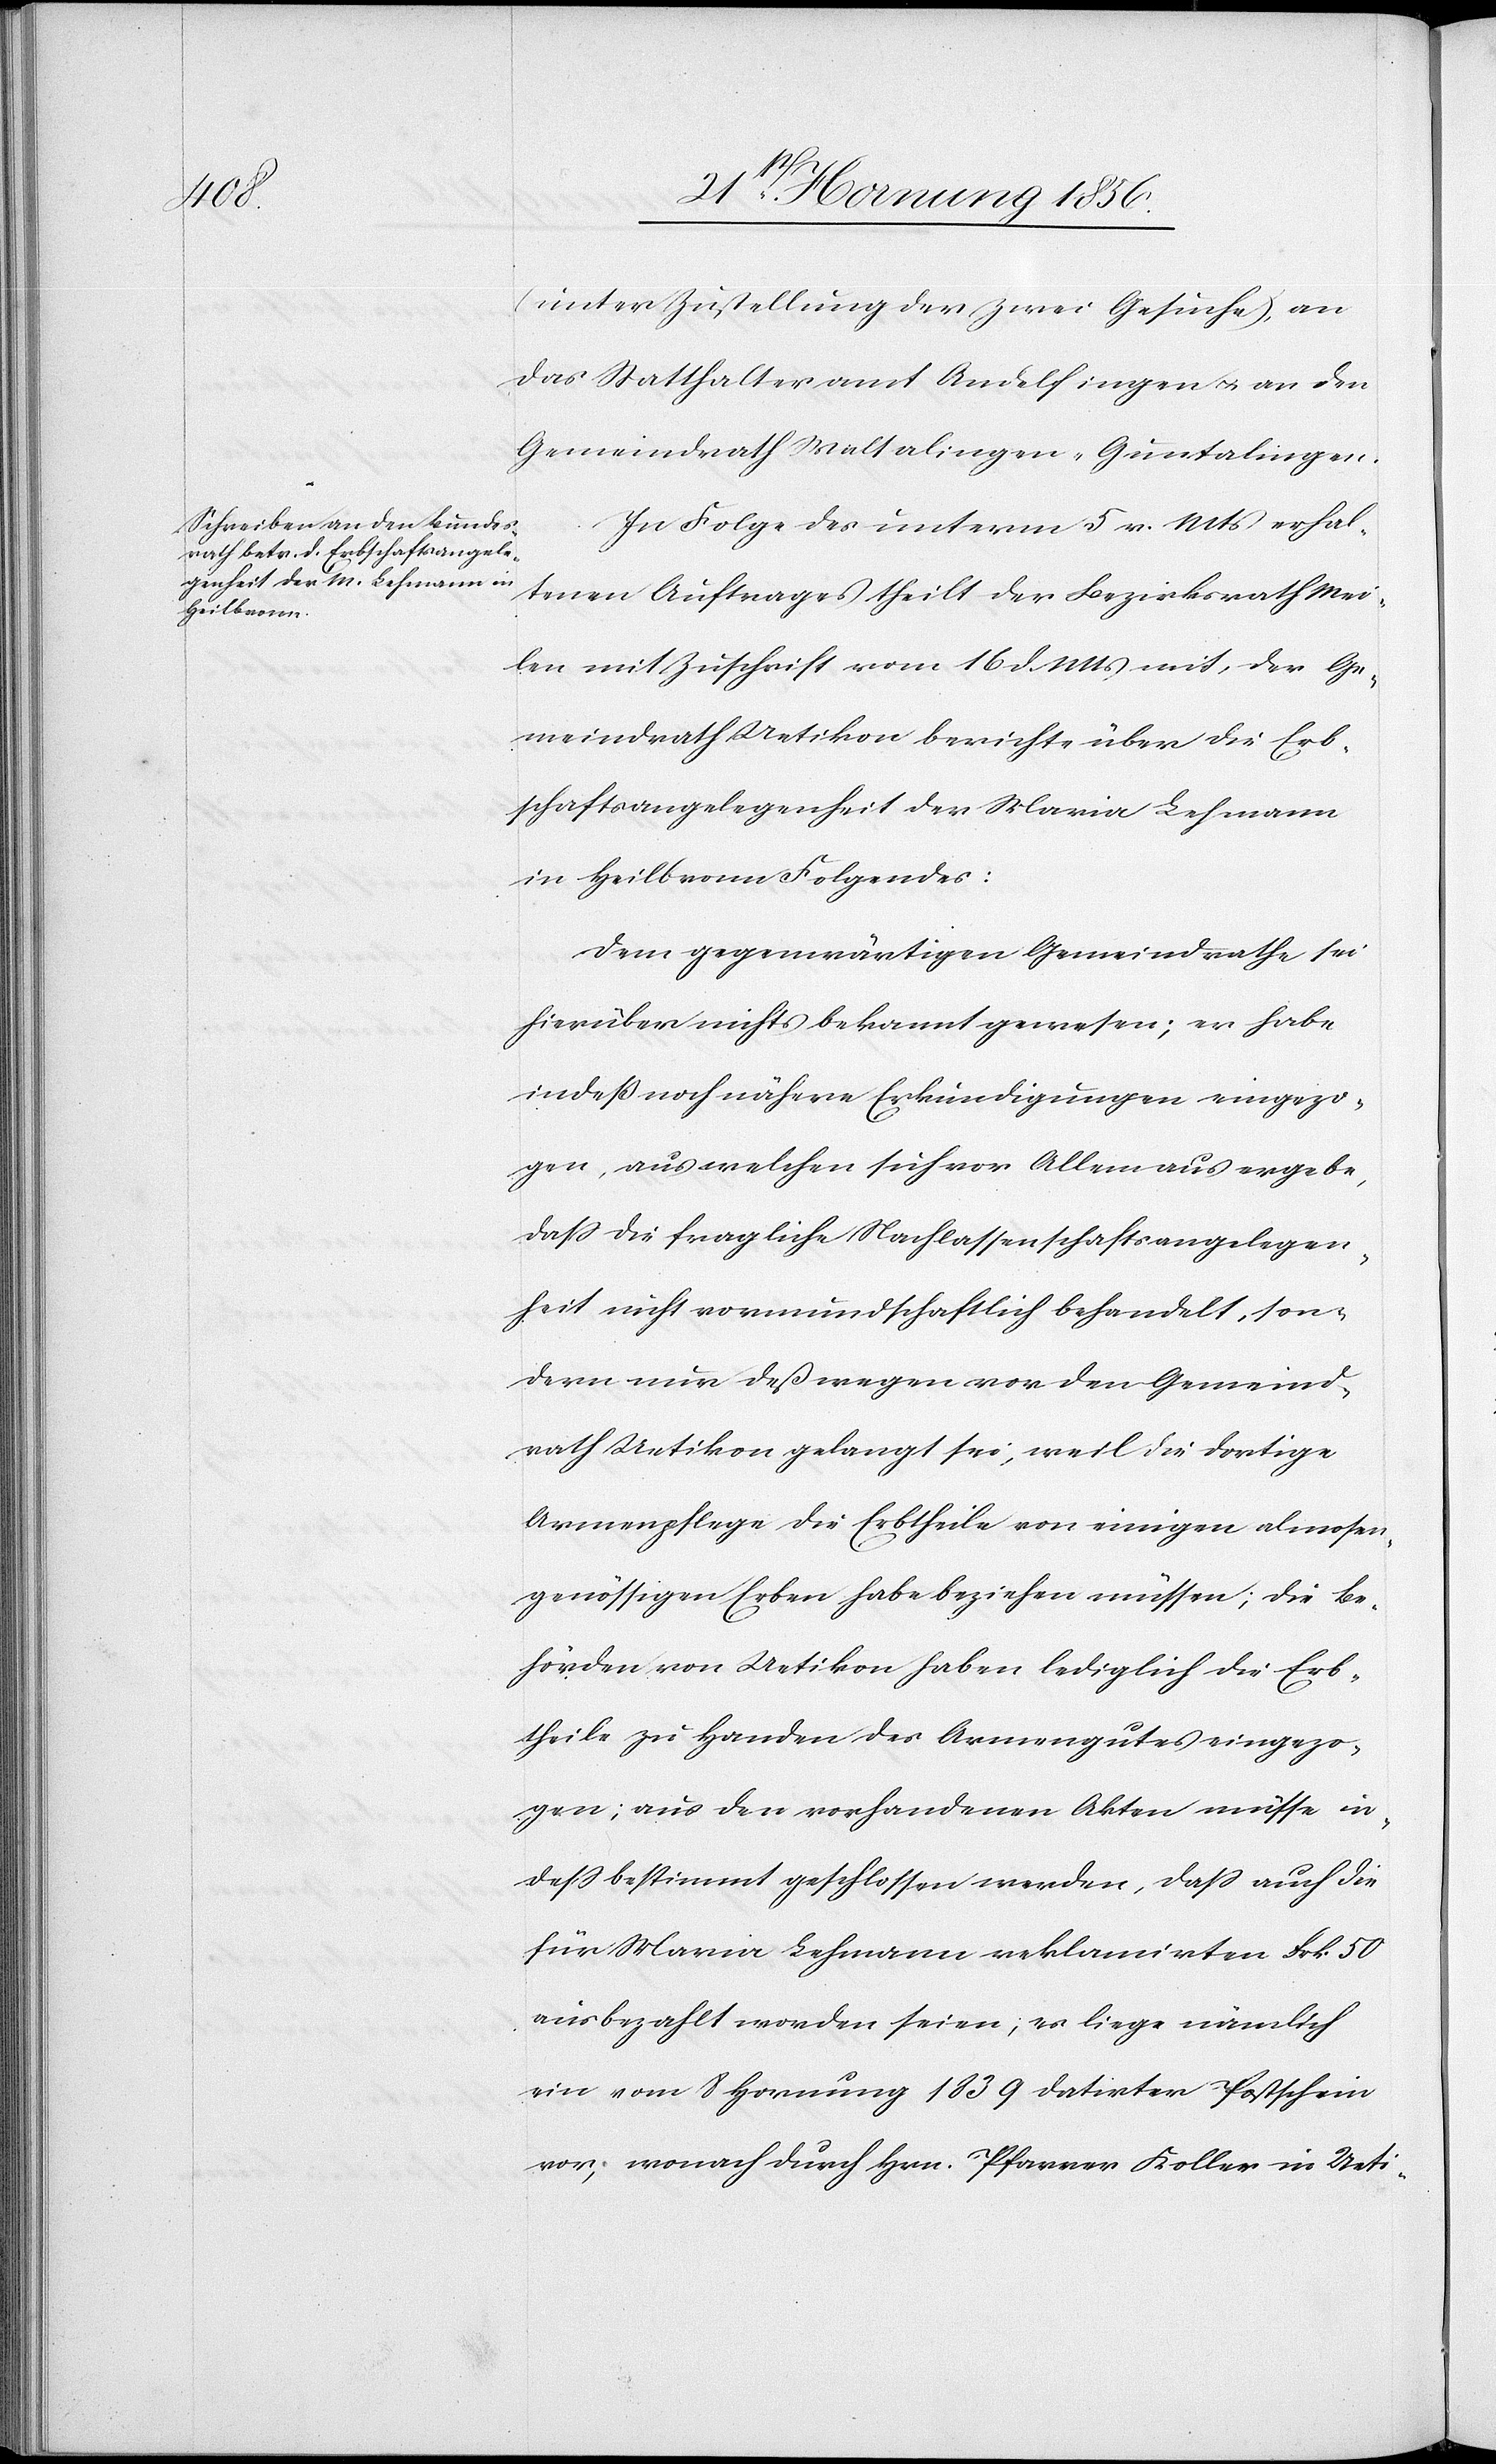
(unter Zustellung der zwei Gesuche), an
das Statthalteramt Andelfingen u. an den
Gemeindrath Waltalingen-Guntalingen.
In Folge des unterm 5 v. Mts erhal¬
tenen Auftrages theilt der Bezirksrath Mei¬
len mit Zuschrift vom 16 d. Mts mit, der Ge¬
meindrath Uetikon berichte über die Erb¬
schaftsangelegenheit der Maria Lehmann
in Heilbronn Folgendes:
Dem gegenwärtigen Gemeindrathe sei
hierüber nichts bekannt gewesen; er habe
indeß noch nähere Erkundigungen eingezo¬
gen, aus welchen sich vor Allem aus ergebe,
daß die fragliche Nachlassenschaftsangelegen¬
heit nicht vormundschaftlich behandelt, son¬
dern nur deßwegen vor den Gemeind¬
rath Uetikon gelangt sei, weil die dortige
Armenpflege die Erbtheile von einigen almosen¬
genössigen Erben habe beziehen müssen; die Be¬
hörden von Uetikon habe lediglich die Erb¬
theile zu Handen des Armengutes eingezo¬
gen; aus den vorhandenen Akten müsse in¬
deß bestimmt geschlossen werden, daß auch die
für Maria Lehmann reklamirten Frk. 50
ausbezahlt worden seien; es liege nämlich
ein vom 8 Hornung 1839 datirter Postschein
vor, wonach durch Hrn. Pfarrer Koller in Ueti-